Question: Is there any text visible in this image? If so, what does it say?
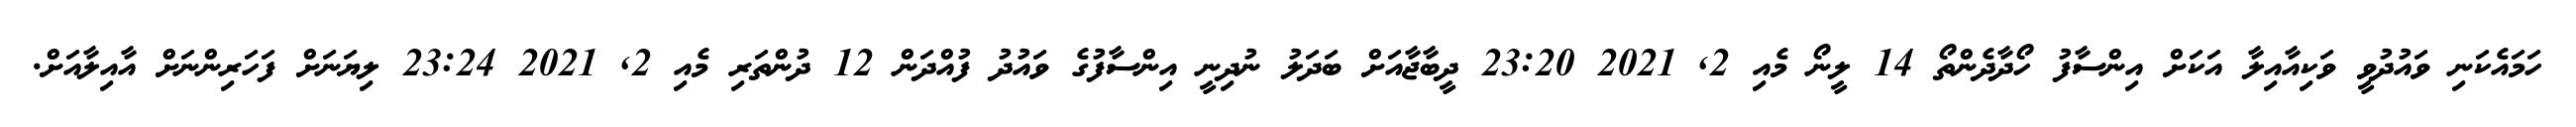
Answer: ހަމައެކަނި ވައުދުވީ ވަކިއާއިލާ އަކަށް އިންސާފު ހޯދާދެންތޯ 14 ލީނޯ މެއި 2, 2021 23:20 ދީބާޖާއަށް ބަދަލު ނުދިނީ އިންސާފުގެ ވައުދު ފުއްދަން 12 ދުންތަރި މެއި 2, 2021 23:24 ލިޔަނަށް ފަހަރިންނަށް އާއިލާއަށް.